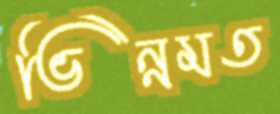
ভিন্নমত